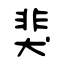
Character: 猆